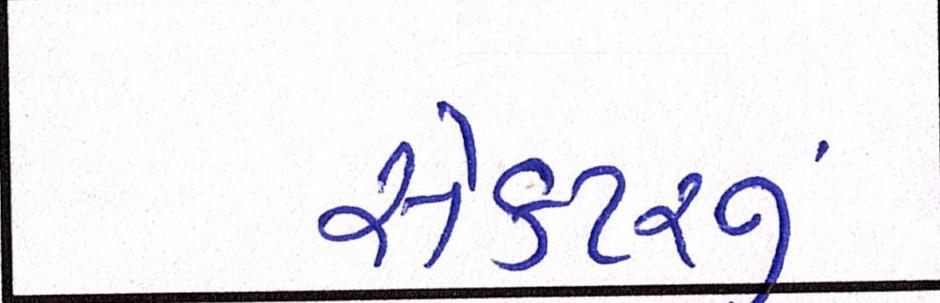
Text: સેક્ટરનું